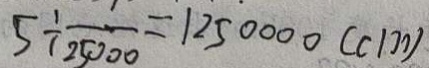
5 \div \frac { 1 } { 2 5 0 0 0 } = 1 2 5 0 0 0 0 ( c m )